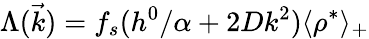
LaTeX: \Lambda(\vec{k})=f_{s}(h^{0}/\alpha+2Dk^{2})\langle\rho^{*}\rangle_{+}